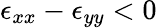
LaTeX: \epsilon_{xx}-\epsilon_{yy}<0